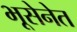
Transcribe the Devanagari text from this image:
भूसेनेत